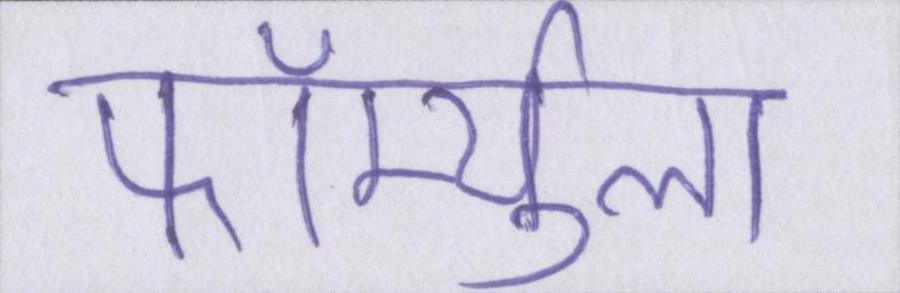
फॉर्म्युला